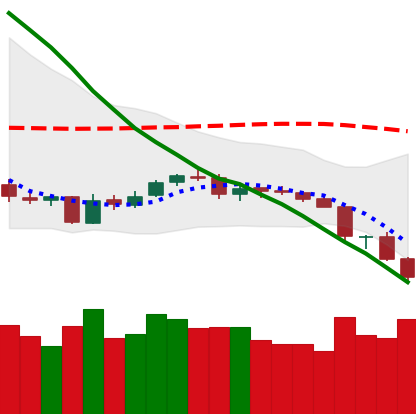
Ticker: NEO-USD
Chart end date: 2018-06-13
Forward return: 4.061%
Label: up_3_5